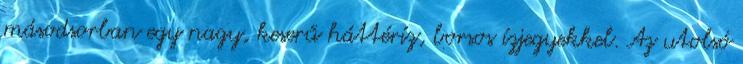
másodsorban egy nagy, keserű háttéríz, borsos ízjegyekkel. Az utolsó